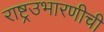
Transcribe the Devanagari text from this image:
राष्ट्रउभारणीची